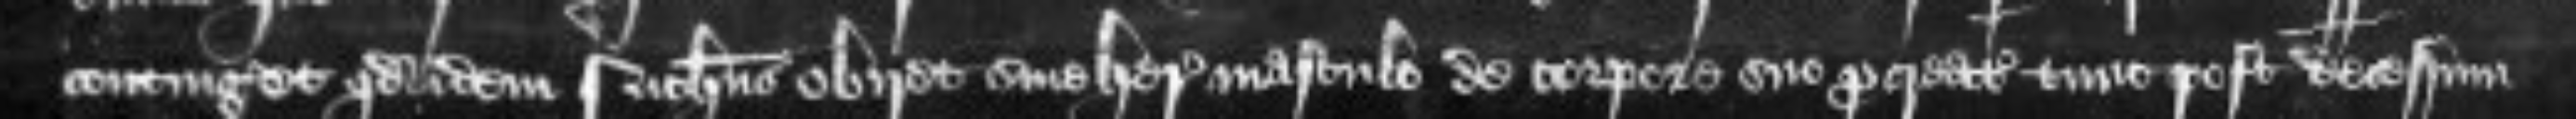
contingeret quod idem Nicholaus obiret sine herede masculo de corpore suo procreato tunc post decessum